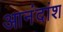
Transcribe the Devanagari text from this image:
आनंदांश